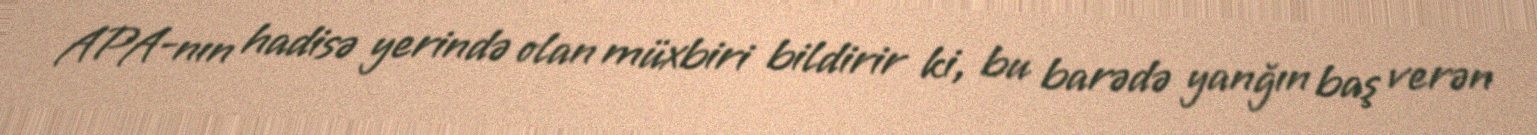
APA-nın hadisə yerində olan müxbiri bildirir ki, bu barədə yanğın baş verən